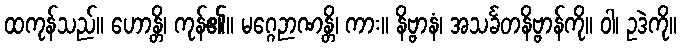
ထကုန်သည်။ ဟောန္တိ၊ ကုန်၏။ မဂ္ဂေဉာဏန္တိ၊ ကား။ နိဗ္ဗာနံ၊ အသင်္ခတနိဗ္ဗာန်ကို။ ဝါ၊ ဥဒဲကို။